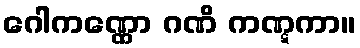
ဂေါကဏ္ဏော ဂဏိ ကဏ္ဋကာ။